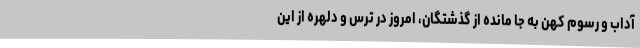
آداب و رسوم کهن به جا مانده از گذشتگان، امروز در ترس و دلهره از این